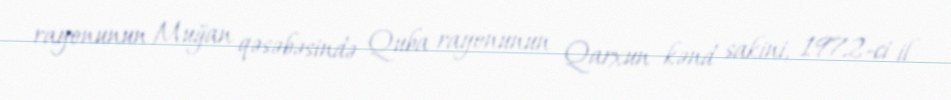
rayonunun Muğan qəsəbəsində Quba rayonunun Qarxun kənd sakini, 1972-ci il